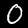
Label: 0